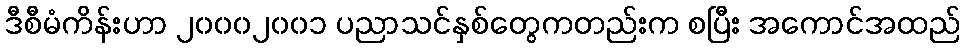
ဒီစီမံကိန်းဟာ ၂၀၀၀၂၀၀၁ ပညာသင်နှစ်တွေကတည်းက စပြီး အကောင်အထည်